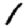
Digit: 1